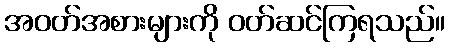
အဝတ်အစားများကို ဝတ်ဆင်ကြရသည်။